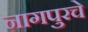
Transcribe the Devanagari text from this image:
नागपुरचे